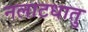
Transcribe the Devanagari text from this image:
नलाटधातु